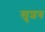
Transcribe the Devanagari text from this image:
खुशब